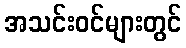
အသင်းဝင်များတွင်